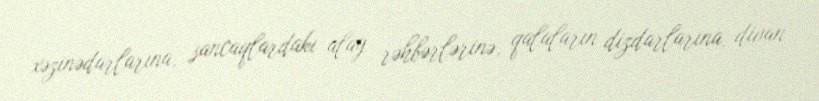
xəzinədarlarına, sancaqlardakı alay rəhbərlərinə, qalaların dizdarlarına, divan